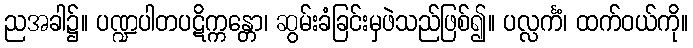
ညအခါ၌။ ပဏ္ဍပါတပဋိက္ကန္တော၊ ဆွမ်းခံခြင်းမှဖဲသည်ဖြစ်၍။ ပလ္လင်္ကံ၊ ထက်ဝယ်ကို။